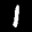
Label: 1